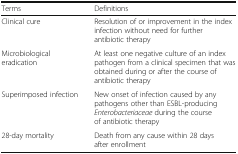
| Terms | Definitions |
 | --- | --- |
 | Clinical cure | Resolution of or improvement in the index infection without need for further antibiotic therapy |
 | Microbiological eradication | At least one negative culture of an index pathogen from a clinical specimen that was obtained during or after the course of antibiotic therapy |
 | Superimposed infection | New onset of infection caused by any pathogens other than ESBL-producing Enterobacteriaceae during the course of antibiotic therapy |
 | 28-day mortality | Death from any cause within 28 days after enrollment |